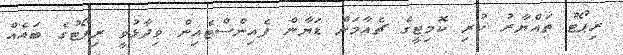
ރިޕޯޓު ތައްޔާރު ކުރި ކޮމިޓީގެ ޗެއާމަން ޑަޔާން ފެއިންސްޓެއިން ވިދާޅުވީ ރިޕޯޓުގެ ބައެއް